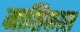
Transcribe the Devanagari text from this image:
मासिकास